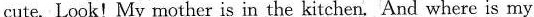
cute. Look! My mother is in the kitchen. And where is my